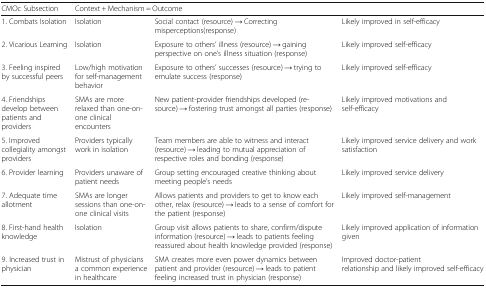
<table><thead><tr><td><b>CMOc Subsection</b></td><td colspan="3"><b>Context + Mechanism = Outcome</b></td></tr></thead><tbody><tr><td>1. Combats Isolation</td><td>Isolation</td><td>Social contact (resource) → Correcting misperceptions(response)</td><td>Likely improved in self-efficacy</td></tr><tr><td>2. Vicarious Learning</td><td>Isolation</td><td>Exposure to others’ illness (resource) → gaining perspective on one’s illness situation (response)</td><td>Likely improved self-efficacy</td></tr><tr><td>3. Feeling inspired by successful peers</td><td>Low/high motivation for self-management behavior</td><td>Exposure to others’ successes (resource) → trying to emulate success (response)</td><td>Likely improved self-efficacy</td></tr><tr><td>4. Friendships develop between patients and providers</td><td>SMAs are more relaxed than one-on-one clinical encounters</td><td>New patient-provider friendships developed (resource) → fostering trust amongst all parties (response)</td><td>Likely improved motivations and self-efficacy</td></tr><tr><td>5. Improved collegiality amongst providers</td><td>Providers typically work in isolation</td><td>Team members are able to witness and interact (resource) → leading to mutual appreciation of respective roles and bonding (response)</td><td>Likely improved service delivery and work satisfaction</td></tr><tr><td>6. Provider learning</td><td>Providers unaware of patient needs</td><td>Group setting encouraged creative thinking about meeting people’s needs</td><td>Likely improved service delivery</td></tr><tr><td>7. Adequate time allotment</td><td>SMAs are longer sessions than one-on-one clinical visits</td><td>Allows patients and providers to get to know each other, relax (resource) → leads to a sense of comfort for the patient (response)</td><td>Likely improved self-management</td></tr><tr><td>8. First-hand health knowledge</td><td>Isolation</td><td>Group visit allows patients to share, confirm/dispute information (resource) → leads to patients feeling reassured about health knowledge provided (response)</td><td>Likely improved application of information given</td></tr><tr><td>9. Increased trust in physician</td><td>Mistrust of physicians a common experience in healthcare</td><td>SMA creates more even power dynamics between patient and provider (resource) → leads to patient feeling increased trust in physician (response)</td><td>Improved doctor-patient relationship and likely improved self-efficacy</td></tr></tbody></table>